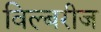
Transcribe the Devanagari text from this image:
विल्बरीज